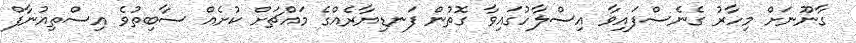
ގާނޫނަށް މިހާރު ގެނެސްފައިވާ އިސްލާހުގައިވާ ގޮތުން ފަނޑިޔާރެއްގެ މައްޗަށް ކުށެއް ސާބިތުވެ އިސްތިއުނާފް